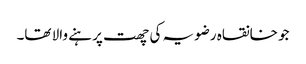
جو خانقاہ رضویہ کی چھت پر ہنے والا تھا۔